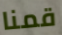
قمنا